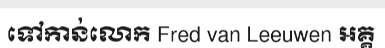
ទៅកាន់លោក Fred van Leeuwen អគ្គ